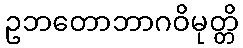
ဥဘတောဘာဂဝိမုတ္တိ